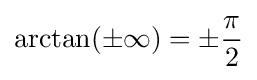
\arctan(\pm \infty )=\pm {\frac {\pi }{2}}